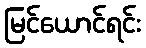
မြင်ယောင်ရင်း